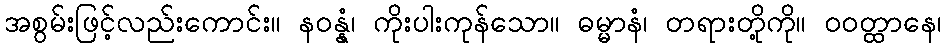
အစွမ်းဖြင့်လည်းကောင်း။ နဝန္နံ၊ ကိုးပါးကုန်သော။ ဓမ္မာနံ၊ တရားတို့ကို။ ဝဝတ္ထာနေ၊